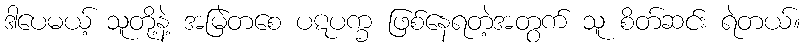
ဒါပေမယ့် သူတို့နဲ့ အမြဲတစေ ပဋပက္ခ ဖြစ်နေရတဲ့အတွက် သူ စိတ်ဆင်း ရဲတယ်။